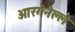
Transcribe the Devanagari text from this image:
ओरगेनेल्ले